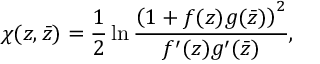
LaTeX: \chi ( z , \bar { z } ) = \frac { 1 } { 2 } \ln \frac { \left( 1 + f ( z ) g ( \bar { z } ) \right) ^ { 2 } } { f ^ { \prime } ( z ) g ^ { \prime } ( \bar { z } ) } ,